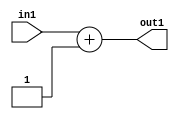
`timescale 1ps / 1ps
/*****************************************************************************
    Verilog RTL Description
    
    
    Created by: Stratus DpOpt 2019.1.01 
*******************************************************************************/

module in_buff_Add2i1u3_4_0 (
	in1,
	out1
	); /* architecture "behavioural" */ 
input [2:0] in1;
output [2:0] out1;
wire [2:0] asc001;

assign asc001 = 
	+(in1)
	+(3'B001);

assign out1 = asc001;
endmodule

/* CADENCE  urjzTgA= : u9/ySgnWtBlWxVPRXgAZ4Og= ** DO NOT EDIT THIS LINE ******/